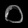
Digit: ၀